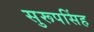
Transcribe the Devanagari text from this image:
सुरूपसिंह